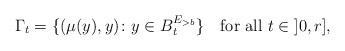
LaTeX: \begin{align*}\Gamma_t=\{(\mu(y),y)\colon y\in B^{E_{>b}}_t\}\quad\mbox{for all $t\in\;]0,r]$,}\end{align*}